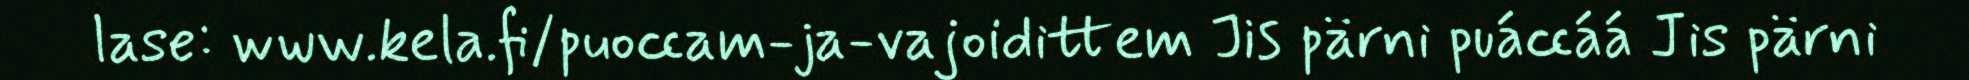
lase: www.kela.fi/puoccam-ja-vajoidittem Jis pärni puáccáá Jis pärni